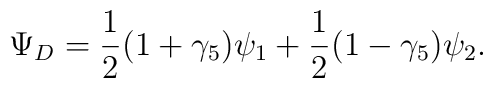
\Psi_D = \frac{1}{2}(1+\gamma_5)\psi_1+\frac{1}{2}(1-\gamma_5)\psi_2.